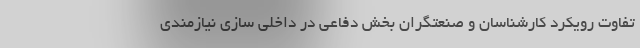
تفاوت رویکرد کارشناسان و صنعتگران بخش دفاعی در داخلی سازی نیازمندی